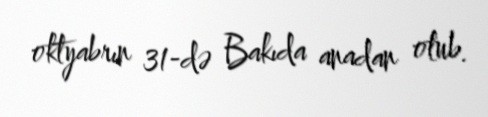
oktyabrın 31-də Bakıda anadan olub.